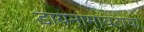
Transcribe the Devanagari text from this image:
डायनामायटाचा